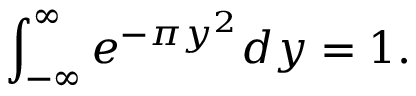
\int _ { - \infty } ^ { \infty } e ^ { - \pi y ^ { 2 } } d y = 1 .